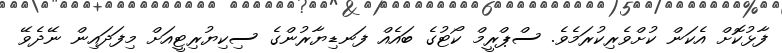
ފާޅުކޮށް އެކަން ކުށްވެރިކުރަމެވެ. ސްޕްރީމް ކޯޓުގެ ބައެއް ފަނޑިޔާރުންގެ ސިކިޔުރިޓީއަށް މިފަދައިން ނޭދެވޭ